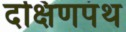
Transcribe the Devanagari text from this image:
दक्षिणपंथ